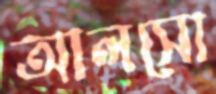
আলসো